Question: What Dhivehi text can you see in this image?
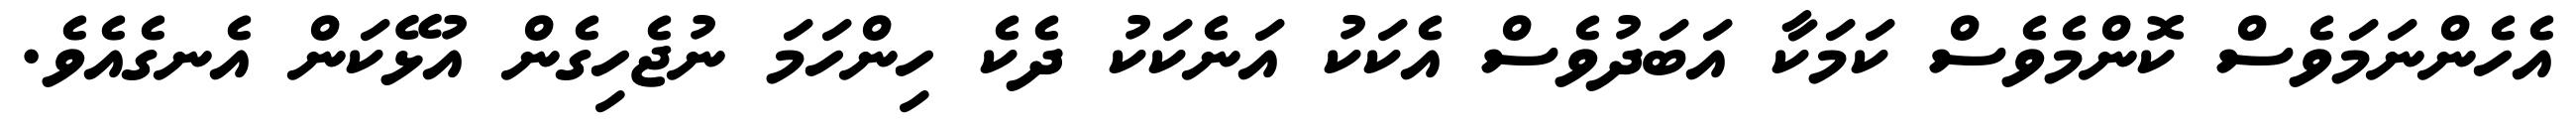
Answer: އެހެންނަމަވެސް ކޮންމެވެސް ކަމަކާ އަބަދުވެސް އެކަކު އަނެކަކު ދެކެ ހިންހަމަ ނުޖެހިގެން އުޅޭކަން އެނގެއެވެ.